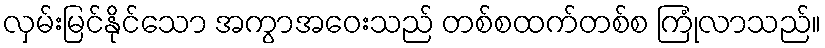
လှမ်းမြင်နိုင်သော အကွာအဝေးသည် တစ်စထက်တစ်စ ကြုံလာသည်။